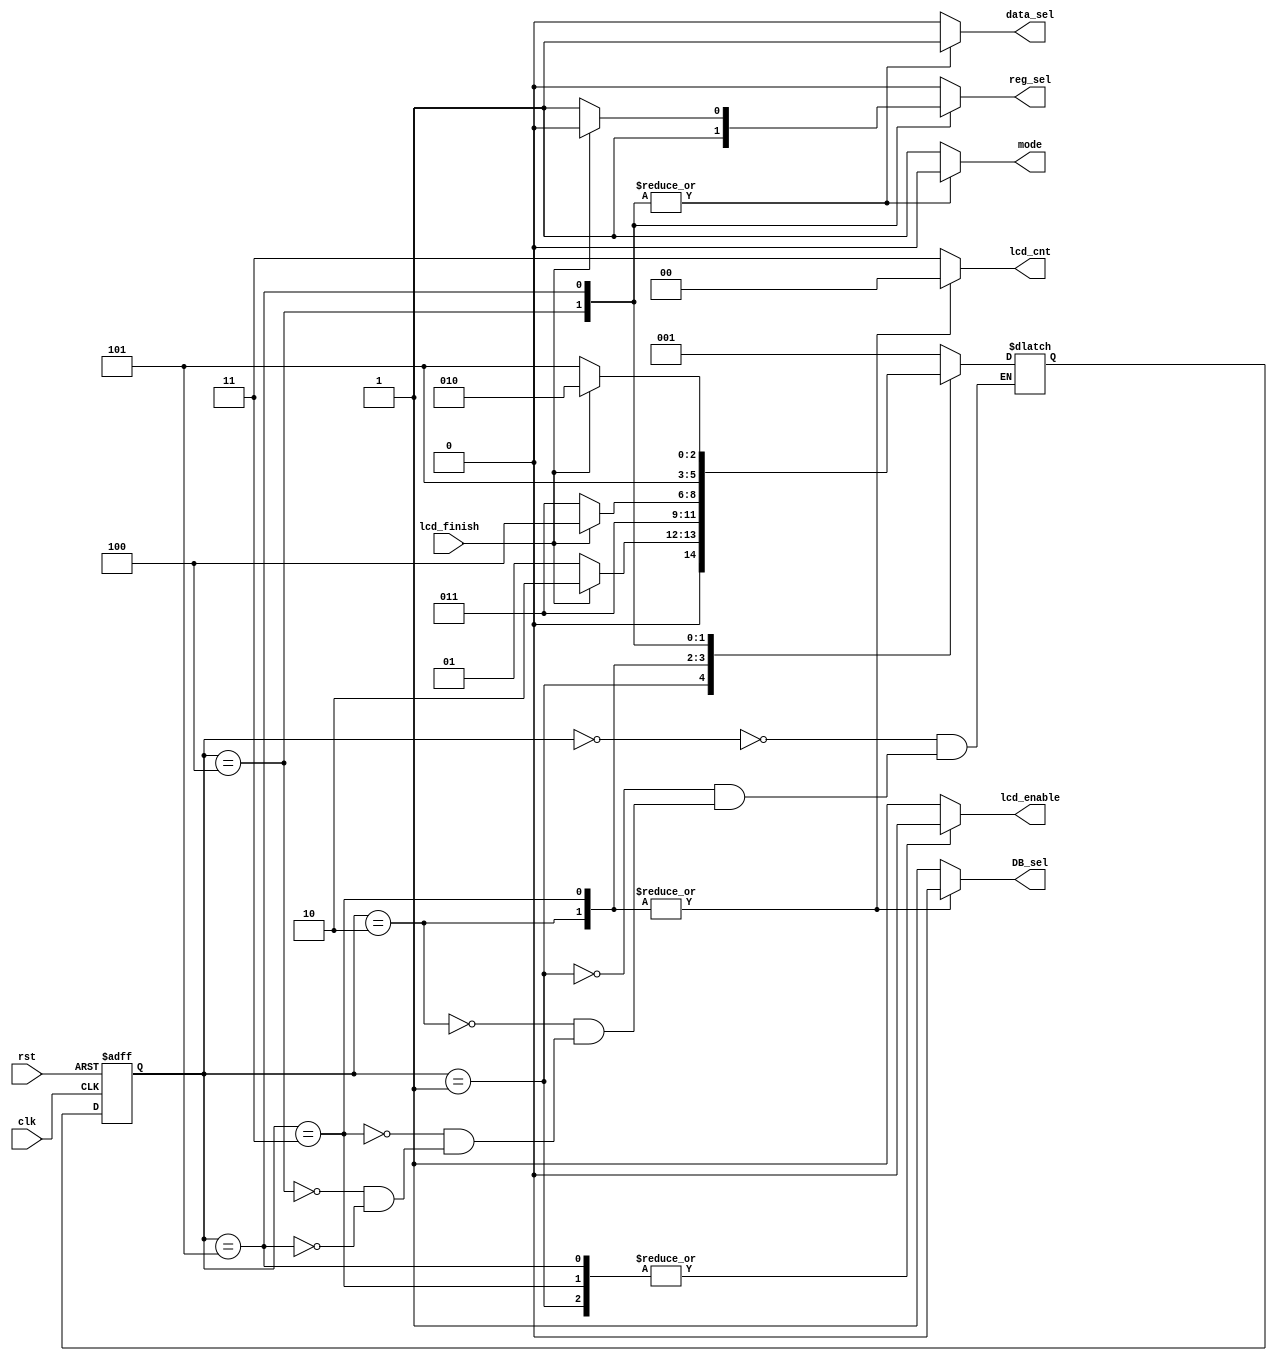
`timescale 1ns / 1ps
//////////////////////////////////////////////////////////////////////////////////
// Company: 
// Engineer: 
// 
// Design Name: 
// Module Name:    main_controller 
// Project Name: 
// Target Devices: 
// Tool versions: 
// Description: 
//
// Dependencies: 
//
// Revision: 
// Revision 0.01 - File Created
// Additional Comments: 
//
//////////////////////////////////////////////////////////////////////////////////
module main_controller(
    input clk,
    input rst,
    input lcd_finish,
    output reg reg_sel,
    output reg mode,
    output reg [1:0]lcd_cnt,
    output reg lcd_enable,
    output reg data_sel,
    output reg DB_sel
    );
	 
	 
reg [2:0] state, next_state;
	 
localparam idle = 3'b0, init = 3'b001, addr = 3'b010, addr1 = 3'b011, ref = 3'b100, ref1 = 3'b101;	 
localparam LCD_INIT = 1, LCD_REF = 0, INIT_CONST_NO = 4, REF_DATA_NO = 4;

always @(posedge clk, posedge rst)
	if(rst)
		state <= idle;
	else
		state <= next_state;
		
always @*
begin
	lcd_cnt=INIT_CONST_NO-1;
	DB_sel=1'b1;
	data_sel=1'b0;
	reg_sel=1'b0;
	mode=LCD_INIT;
	lcd_enable=1'b1;
	case(state)
		idle:
			next_state = init;
		init:
			begin
				lcd_enable=1'b0;
				if(lcd_finish)
					next_state = addr;
				else
					next_state = init;
				mode=LCD_INIT;
			end
		addr:
			begin
				lcd_enable=1'b1;
				lcd_cnt = 1'b0;
				DB_sel = 1'b0;
				next_state = addr1;
				mode=LCD_INIT;
			end
		addr1:
			begin
				lcd_enable=1'b0;
				lcd_cnt = 1'b0;
				DB_sel = 1'b0;
				mode=LCD_INIT;
				if(lcd_finish)
					next_state = ref;
				else
					next_state = addr1;
			end
		ref:
			begin
				lcd_cnt=REF_DATA_NO-1;
				DB_sel=1'b1;
				data_sel=1'b1;
				reg_sel=1'b1;
				mode=LCD_REF;
				lcd_enable=1'b1;
				next_state = ref1;
			end
		ref1:
			begin
				lcd_enable=1'b0;
				lcd_cnt=REF_DATA_NO-1;
				DB_sel=1'b1;
				data_sel=1'b1;
				reg_sel=1'b1;
				mode=LCD_REF;
				if(lcd_finish)
					begin
						next_state = addr;
						reg_sel=0;
					end
				else
					next_state = ref1;
			end
		endcase
end


endmodule